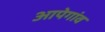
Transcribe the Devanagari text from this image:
आपेगांव